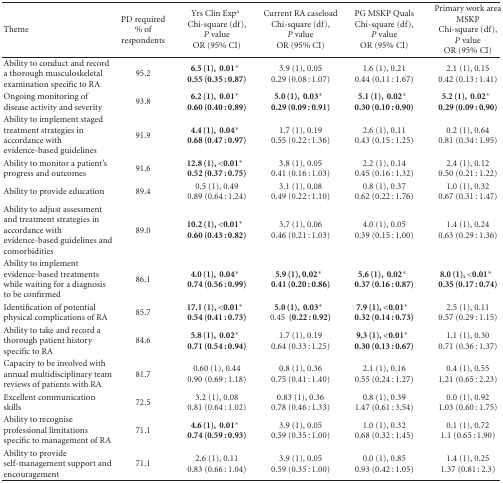
<table><thead><tr><td><b>Theme</b></td><td><b>PD required% of respondents</b></td><td><b>Yrs Clin Exp<sup>a</sup>Chi-square (df), <i>P</i> valueOR (95% CI) </b></td><td><b>Current RA caseloadChi-square (df), <i>P</i> valueOR (95% CI) </b></td><td><b>PG MSKP QualsChi-square (df), <i>P</i> valueOR (95% CI)</b></td><td><b>Primary work area MSKPChi-square (df), <i>P</i> value OR (95% CI)</b></td></tr></thead><tbody><tr><td>Ability to conduct and record a thorough musculoskeletal examination specific to RA </td><td>95.2</td><td><b>6.5</b><b>(1),</b> <b> 0.01</b>* <b>0.55</b> <b>(0.35</b> <b>:</b> <b>0.87)</b></td><td>3.9 (1), 0.05 0.29 (0.08 : 1.07)</td><td>1.6 (1), 0.210.44 (0.11 : 1.67)</td><td>2.1 (1), 0.150.42 (0.13 : 1.41)</td></tr><tr><td>Ongoing monitoring of disease activity and severity </td><td>93.8</td><td><b>6.2</b><b>(1),</b> <b> 0.01</b>* <b>0.60</b> <b>(0.40</b> <b>:</b> <b>0.89)</b></td><td><b>5.0</b><b>(1),</b> <b> 0.03</b>* <b>0.29</b> <b>(0.09</b> <b>:</b> <b>0.91)</b></td><td><b>5.1</b><b>(1),</b> <b> 0.02</b>* <b>0.30</b> <b>(0.10</b> <b>:</b> <b>0.90)</b></td><td><b>5.2</b><b>(1),</b> <b> 0.02</b>* <b>0.29</b> <b>(0.09</b> <b>:</b> <b>0.90)</b></td></tr><tr><td>Ability to implement staged treatment strategies in accordance with evidence-based guidelines </td><td>91.9</td><td><b>4.4</b><b>(1),</b> <b> 0.04</b>* <b>0.68</b> <b>(0.47</b> <b>:</b> <b>0.97)</b></td><td>1.7 (1), 0.190.55 (0.22 : 1.36)</td><td>2.6 (1), 0.110.43 (0.15 : 1.25)</td><td>0.2 (1), 0.640.81 (0.34 : 1.95)</td></tr><tr><td>Ability to monitor a patient&#x27;s progress and outcomes </td><td>91.6</td><td><b>12.8</b><b>(1),</b> <b>&lt;0.01</b>* <b>0.52</b> <b>(0.37</b> <b>:</b> <b>0.75)</b></td><td>3.8 (1), 0.050.41 (0.16 : 1.03)</td><td>2.2 (1), 0.140.45 (0.16 : 1.32)</td><td>2.4 (1), 0.120.50 (0.21 : 1.22)</td></tr><tr><td>Ability to provide education </td><td>89.4</td><td>0.5 (1), 0.490.89 (0.64 : 1.24)</td><td>3.1 (1), 0.080.49 (0.22 : 1.10)</td><td>0.8 (1), 0.370.62 (0.22 : 1.76)</td><td>1.0 (1), 0.320.67 (0.31 : 1.47)</td></tr><tr><td>Ability to adjust assessment and treatment strategies in accordance with evidence-based guidelines and comorbidities </td><td>89.0</td><td><b>10.2</b><b>(1),</b> <b>&lt;0.01</b>* <b>0.60</b> <b>(0.43</b> <b>:</b> <b>0.82)</b></td><td>3.7 (1), 0.060.46 (0.21 : 1.03)</td><td>4.0 (1), 0.050.39 (0.15 : 1.00)</td><td>1.4 (1), 0.240.63 (0.29 : 1.36)</td></tr><tr><td>Ability to implement evidence-based treatments while waiting for a diagnosis to be confirmed </td><td>86.1</td><td><b>4.0</b><b>(1),</b> <b> 0.04</b>* <b>0.74</b> <b>(0.56</b> <b>:</b> <b>0.99)</b></td><td><b>5.9</b><b>(1),</b> <b>0.02</b>* <b>0.41</b> <b>(0.20</b> <b>:</b> <b>0.86)</b></td><td><b>5.6</b><b>(1),</b> <b> 0.02</b>* <b>0.37</b> <b>(0.16</b> <b>:</b> <b>0.87)</b></td><td><b>8.0</b><b>(1),</b> <b>&lt;0.01</b>* <b>0.35</b> <b>(0.17</b> <b>:</b> <b>0.74)</b></td></tr><tr><td>Identification of potential physical complications of RA </td><td>85.7</td><td><b>17.1</b><b>(1),</b> <b>&lt;0.01</b>* <b>0.54</b> <b>(0.41</b> <b>:</b> <b>0.73)</b></td><td><b>5.0</b><b>(1),</b> <b> 0.03</b>* 0.45 <b>(0.22</b> <b>:</b> <b>0.92)</b></td><td><b>7.9</b><b>(1),</b> <b>&lt;0.01</b>* <b>0.32</b> <b>(0.14</b> <b>:</b> <b>0.73)</b></td><td>2.5 (1), 0.110.57 (0.29 : 1.15)</td></tr><tr><td>Ability to take and record a thorough patient history specific to RA </td><td>84.6</td><td><b>5.8</b><b>(1),</b> <b> 0.02</b>* <b>0.71</b> <b>(0.54</b> <b>:</b> <b>0.94)</b></td><td>1.7 (1), 0.190.64 (0.33 : 1.25)</td><td><b>9.3</b><b>(1),</b> <b>&lt;0.01</b>* <b>0.30</b> <b>(0.13</b> <b>:</b> <b>0.67)</b></td><td>1.1 (1), 0.300.71 (0.36 : 1.37)</td></tr><tr><td>Capacity to be involved with annual multidisciplinary team reviews of patients with RA </td><td>81.7</td><td>0.60 (1), 0.440.90 (0.69 : 1.18)</td><td>0.8 (1), 0.360.75 (0.41 : 1.40)</td><td>2.1 (1), 0.160.55 (0.24 : 1.27)</td><td>0.4 (1), 0.551.21 (0.65 : 2.23)</td></tr><tr><td>Excellent communication skills </td><td>72.5</td><td>3.2 (1), 0.080.81 (0.64 : 1.02)</td><td>0.83 (1), 0.360.78 (0.46 : 1.33)</td><td>0.8 (1), 0.391.47 (0.61 : 3.54)</td><td>0.0 (1), 0.921.03 (0.60 : 1.75)</td></tr><tr><td>Ability to recognise professional limitations specific to management of RA </td><td>71.1</td><td><b>4.6</b><b>(1),</b> <b> 0.01</b>* <b>0.74</b> <b>(0.59</b> <b>:</b> <b>0.93)</b></td><td>3.9 (1), 0.050.59 (0.35 : 1.00)</td><td>1.0 (1), 0.320.68 (0.32 : 1.45)</td><td>0.1 (1), 0.721.1 (0.65 : 1.90)</td></tr><tr><td>Ability to provide self-management support and encouragement </td><td>71.1</td><td>2.6 (1), 0.110.83 (0.66 : 1.04)</td><td>3.9 (1), 0.050.59 (0.35 : 1.00)</td><td>0.0 (1), 0.850.93 (0.42 : 1.05)</td><td>1.4 (1), 0.251.37 (0.81 : 2.3)</td></tr></tbody></table>